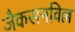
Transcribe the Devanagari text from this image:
जैकसनविल्ल